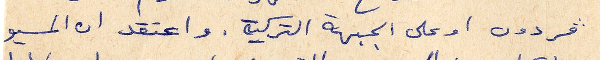
فردون او على الجبهة التركية. واعتقد ان المسيو